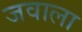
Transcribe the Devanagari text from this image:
जवाला